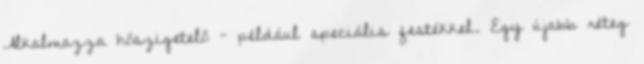
Alkalmazza hőszigetelő - például speciális festékkel. Egy újabb réteg